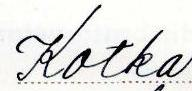
Kotka